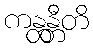
ကန္တန္တီတိ